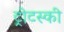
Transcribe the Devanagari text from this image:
ट्रोटस्की